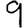
Digit: 9